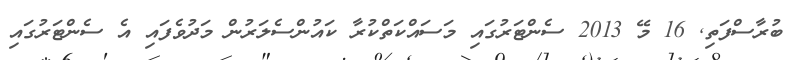
ބުރާސްފަތި